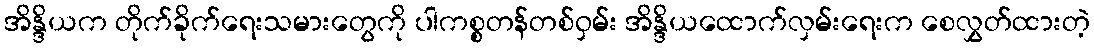
အိန္ဒိယက တိုက်ခိုက်ရေးသမားတွေကို ပါကစ္စတန်တစ်ဝှမ်း အိန္ဒိယထောက်လှမ်းရေးက စေလွှတ်ထားတဲ့